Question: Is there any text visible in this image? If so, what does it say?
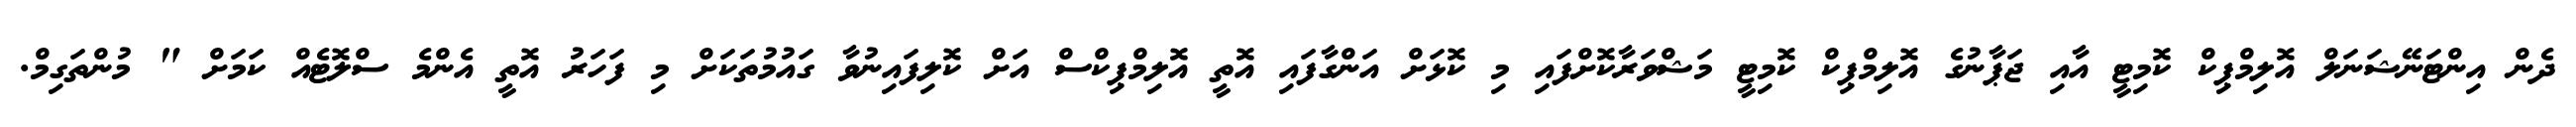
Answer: ދެން އިންޓަނޭޝަނަލް އޮލިމްޕިކް ކޮމިޓީ އާއި ޖަޕާނުގެ އޮލިމްޕިކް ކޮމިޓީ މަޝްވަރާކޮށްފައި މި ކޮޅަށް އަންގާފައި އޮތީ އޮލިމްޕިކްސް އަށް ކޮލިފައިނުވާ ގައުމުތަކަށް މި ފަހަރު އޮތީ އެންމެ ސްލޮޓެއް ކަމަށް " މުންތަގިމް.